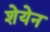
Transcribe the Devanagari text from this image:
शेयेन